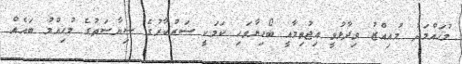
މުހައްމަދު މުއިއްޒު ވިދާޅުވީ އިޖުތިމާއީ ބޯހިޔާވަހި ކަމަކީ ސަރުކާރުގެ ސިޔާސަތުގެ މުހިއްމު ބައެއް